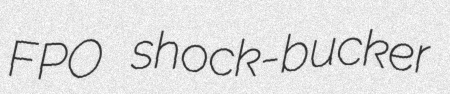
FPO shock-bucker